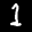
Label: 1